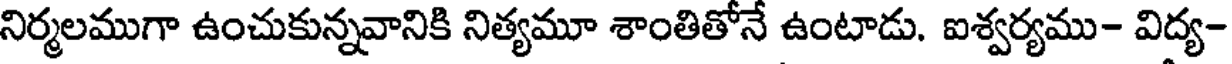
నిర్మలముగా ఉంచుకున్నవానికి నిత్యమూ శాంతితోనే ఉంటాడు. ఐశ్వర్యము- విద్య-